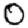
Digit: 0